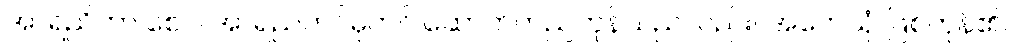
အာရညိကာ စေဝ၊ အာရညကင်ဓုတင် ဆောက်တည်ကုန်သည်လည်း။ အဟေသုံ၊ ဖြစ်ကုန်၏။